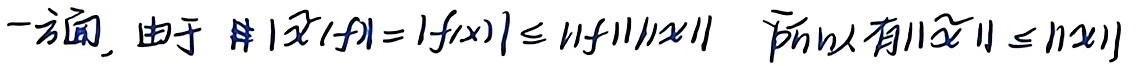
一方面，由于 \(|\hat{x}(f)| = |f(x)|\leq \|f\|\|x\|\)，所以有 \(\|\hat{x}\|\leq \|x\|\)。